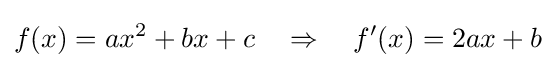
f(x)=ax^{2}+bx+c\quad \Rightarrow \quad f'(x)=2ax+b